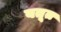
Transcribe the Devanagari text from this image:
बतूत